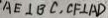
A E \bot B C , C F \bot A D